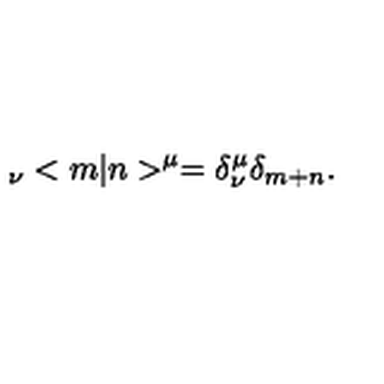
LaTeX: { \hphantom > } _ { \nu } < m | n > ^ { \mu } = \delta _ { \nu } ^ { \mu } \delta _ { m + n } . \nonumber